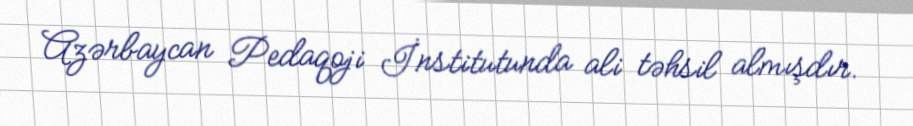
Azərbaycan Pedaqoji İnstitutunda ali təhsil almışdır.